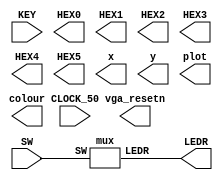

`timescale 1ns / 1ps
`default_nettype none

module main	(
  input wire CLOCK_50,            //On Board 50 MHz
  input wire [9:0] SW,            // On board Switches
  input wire [3:0] KEY,           // On board push buttons
  output wire [6:0] HEX0,         // HEX displays
  output wire [6:0] HEX1,
  output wire [6:0] HEX2,
  output wire [6:0] HEX3,
  output wire [6:0] HEX4,
  output wire [6:0] HEX5,
  output wire [9:0] LEDR,         // LEDs
  output wire [7:0] x,            // VGA pixel coordinates
  output wire [6:0] y,
  output wire [2:0] colour,       // VGA pixel colour (0-7)
  output wire plot,               // Pixel drawn when this is pulsed
  output wire vga_resetn          // VGA resets to black when this is pulsed (NOT CURRENTLY AVAILABLE)
);

  mux m1(LEDR,SW);

endmodule


module mux(LEDR, SW);
    input [9:0] SW;
    output [9:0] LEDR;

    mux2to1 u0(
        .x(SW[0]),
        .y(SW[1]),
        .s(SW[9]),
        .m(LEDR[0])
        );
endmodule

module mux2to1(x, y, s, m);
    input x; //select 0
    input y; //select 1
    input s; //select signal
    output m; //output

    //assign m = s & y | ~s & x;
    // OR
    assign m = s ? y : x;

endmodule